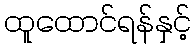
ထူထောင်ရန်နှင့်